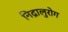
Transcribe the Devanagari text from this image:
निद्रालुरोग